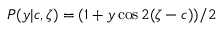
P ( y | { c } , \zeta ) = ( 1 + y \cos 2 ( \zeta - c ) ) / 2